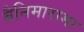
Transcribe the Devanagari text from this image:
बैनिमारामा